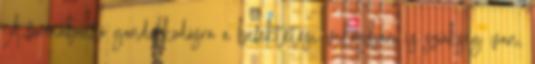
A formabontó gondolkodásra a befektetési világban is szükség van,